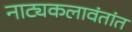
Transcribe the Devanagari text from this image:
नाट्यकलावंतांत